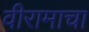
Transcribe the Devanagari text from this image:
वीरामाचा